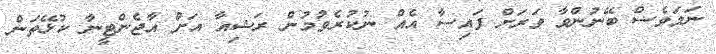
ނަމަވެސް ބޭނުންވާ ވަރަށް ފައިސާ އެއް ނުކުރެވުމުން ރަޝިއާ އަށް އާޖެންޓީނާ ކުޅޭތަން